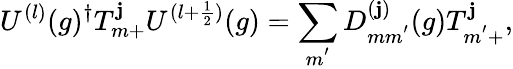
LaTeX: U^{(l)}(g)^{\dagger}T_{m+}^{\mathbf{j}}U^{(l+\frac{{1}}{{2}})}(g)=\sum_{m^{'}}D_{mm^{'}}^{(\mathbf{j})}(g)T_{m^{'}+}^{\mathbf{j}},